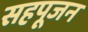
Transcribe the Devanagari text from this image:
सहपूजन